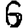
Digit: 6